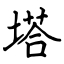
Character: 塔